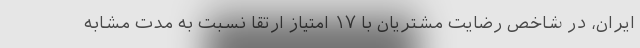
ایران، در شاخص رضایت مشتریان با ۱۷ امتیاز ارتقا نسبت به مدت مشابه